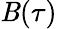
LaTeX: \mathit{B}(\tau)